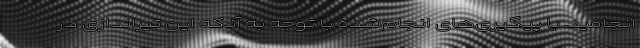
انجامید. با پیگیری‌های انجام‌شده با توجه به آنکه این تیراندازی در